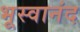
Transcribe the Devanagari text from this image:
भूस्वानंद